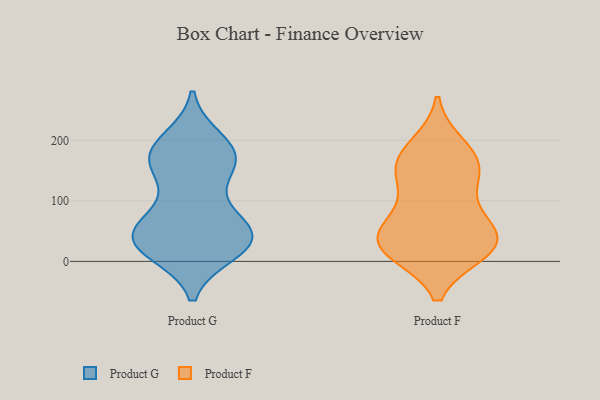
{"axis": {"x": "Production Output", "y": "Value"}, "legend": ["Product F", "Product G"], "data": [{"x": "", "y": 60, "type": "Product G"}, {"x": "", "y": 169, "type": "Product G"}, {"x": "", "y": 108, "type": "Product G"}, {"x": "", "y": 52, "type": "Product G"}, {"x": "", "y": 35, "type": "Product G"}, {"x": "", "y": 21, "type": "Product G"}, {"x": "", "y": 190, "type": "Product G"}, {"x": "", "y": 164, "type": "Product G"}, {"x": "", "y": 34, "type": "Product G"}, {"x": "", "y": 45, "type": "Product G"}, {"x": "", "y": 170, "type": "Product G"}, {"x": "", "y": 174, "type": "Product G"}, {"x": "", "y": 158, "type": "Product G"}, {"x": "", "y": 17, "type": "Product G"}, {"x": "", "y": 59, "type": "Product G"}, {"x": "", "y": 25, "type": "Product G"}, {"x": "", "y": 39, "type": "Product G"}, {"x": "", "y": 199, "type": "Product G"}, {"x": "", "y": 30, "type": "Product F"}, {"x": "", "y": 150, "type": "Product F"}, {"x": "", "y": 20, "type": "Product F"}, {"x": "", "y": 166, "type": "Product F"}, {"x": "", "y": 48, "type": "Product F"}, {"x": "", "y": 25, "type": "Product F"}, {"x": "", "y": 77, "type": "Product F"}, {"x": "", "y": 19, "type": "Product F"}, {"x": "", "y": 71, "type": "Product F"}, {"x": "", "y": 191, "type": "Product F"}, {"x": "", "y": 178, "type": "Product F"}, {"x": "", "y": 39, "type": "Product F"}, {"x": "", "y": 16, "type": "Product F"}, {"x": "", "y": 132, "type": "Product F"}, {"x": "", "y": 141, "type": "Product F"}]}